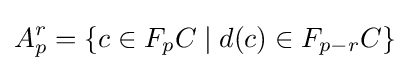
A_{p}^{r}=\{c\in F_{p}C\mid d(c)\in F_{p-r}C\}